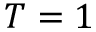
T = 1